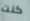
كنت